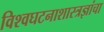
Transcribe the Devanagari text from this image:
विश्वघटनाशास्त्रज्ञांचा